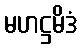
မဟဋ္ဌမိဒံ